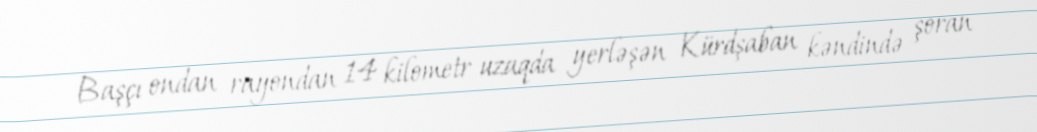
Başçı ondan rayondan 14 kilometr uzaqda yerləşən Kürdşaban kəndində şoran